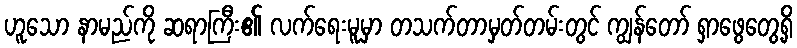
ဟူသော နာမည်ကို ဆရာကြီး၏ လက်ရေးမူမှာ တသက်တာမှတ်တမ်းတွင် ကျွန်တော် ရှာဖွေတွေ့ရှိ